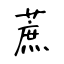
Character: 蔗